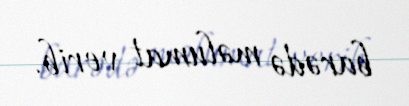
barədə məlumat verib.